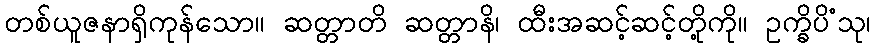
တစ်ယူဇနာရှိကုန်သော။ ဆတ္တာတိ ဆတ္တာနိ၊ ထီးအဆင့်ဆင့်တို့ကို။ ဥက္ခိပိံသု၊